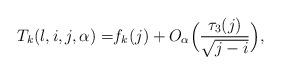
LaTeX: \begin{align*}T_k(l,i,j,\alpha)=&f_k(j)+O_{\alpha}\Big(\frac{\tau_3(j)}{\sqrt{j-i}}\Big),\end{align*}